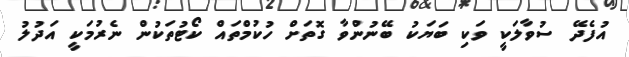
އުފެދޭ ސުވާލަކީ ވަކި ބަޔަކު ބޭނުންވާ ގޮތަށް ހުކުމްތައް ކޯޓުތަކުން ނެރުމަކީ އަދުލު